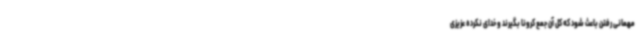
مهمانی رفتن باعث شود که کل آن جمع کرونا بگیرند و خدای نکرده عزیزی